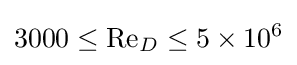
3000\leq \mathrm {Re} _{D}\leq 5\times 10^{6}